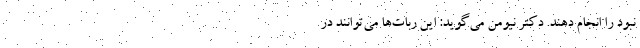
نبود را انجام دهند. دکتر نیومن می‌گوید: این ربات‌ها می‌توانند در